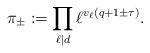
LaTeX: \begin{align*} \pi_{\pm} := \prod_{\ell\mid d}\ell^{v_\ell(q + 1 \pm \tau)}.\end{align*}